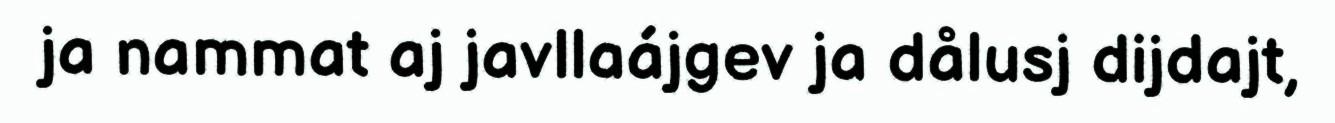
ja nammat aj javllaájgev ja dålusj dijdajt,